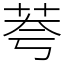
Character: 荂